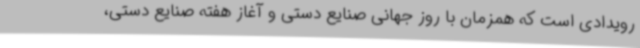
رویدادی است که همزمان با روز جهانی صنایع دستی و آغاز هفته صنایع دستی،